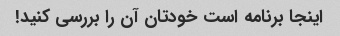
اینجا برنامه است خودتان آن را بررسی کنید!